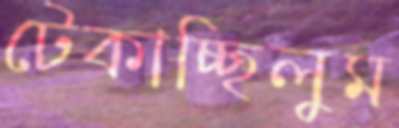
টেকাচ্ছিলুম